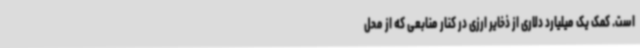
است. کمک یک میلیارد دلاری از ذخایر ارزی در کنار منابعی که از محل